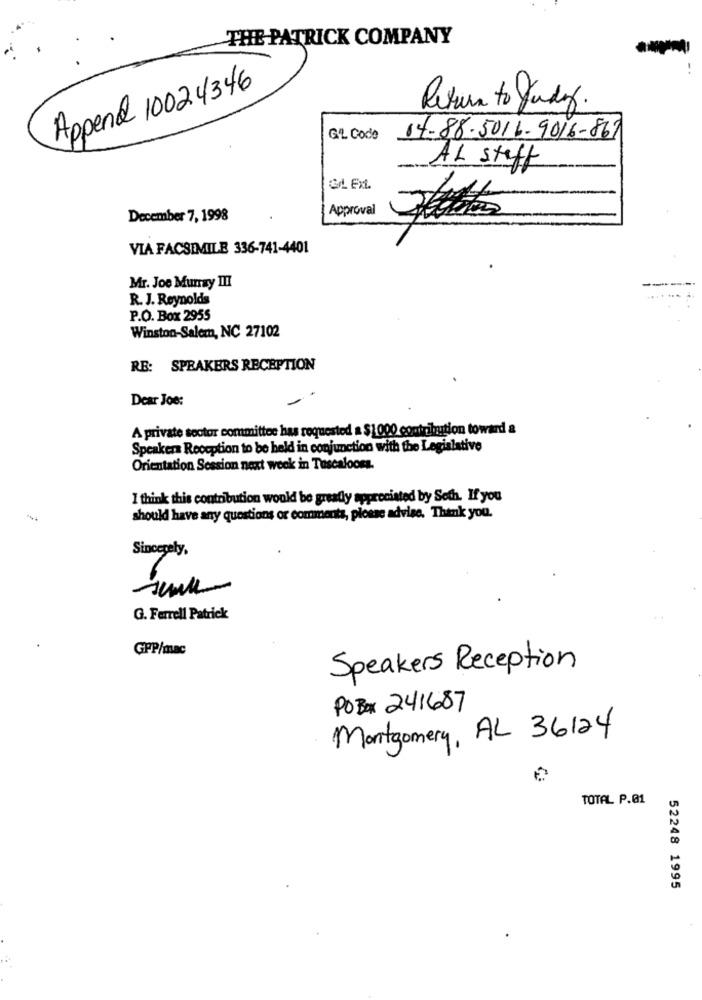
THE PATRICK COMPANY
Append 10024346
Return to Judy
GL Code
14-88.5016.9016-867
AL steff
GrL. Ext.
Approval
December 7, 1998
VIA FACSIMILE 336-741-4401
Mr. Joe Murray III
R. J. Reynolds
P.O. Box 2955
Winston-Salem, NC 27102
RE: SPEAKERS RECEPTION
Dear Joe:
A private sector committee has requested a $1000 contribution toward a
Speaker Reception to be held in conjunction with the Legislative
Orientation Session next week in Tuscaloosa.
I think this contribution would be greatly appreciated by Seth. If you
should have any questions or comments, please advise. Think you.
Sincerely,
G. Ferrell Patrick
GPP/mac
Speakers Reception
POBox 241687
Montgomery, AL 36124
TOTAL P.01
52248 1995